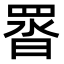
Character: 䍝